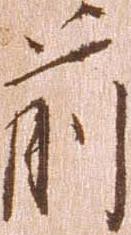
前